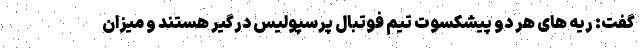
گفت: ریه های هر دو پیشکسوت تیم فوتبال پرسپولیس درگیر هستند و میزان